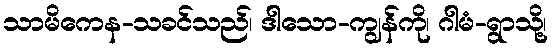
သာမိကေန-သခင်သည်၊ ဒါသော-ကျွန်ကို၊ ဂါမံ-ရွာသို့၊